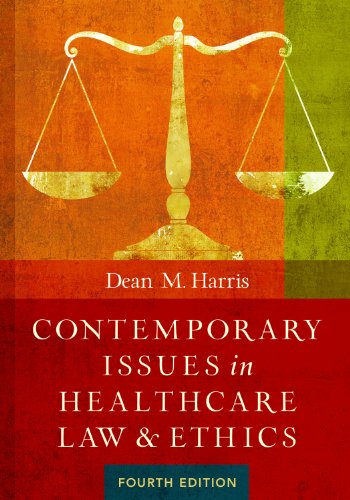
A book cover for Contemporary Issues in Healthcare Law and Ethics, Fourth Edition; Dean M Harris; Law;